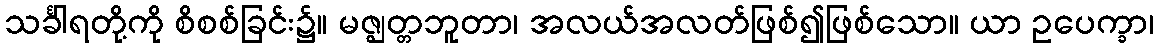
သင်္ခါရတို့ကို စိစစ်ခြင်း၌။ မဇ္ဈတ္တဘူတာ၊ အလယ်အလတ်ဖြစ်၍ဖြစ်သော။ ယာ ဥပေက္ခာ၊